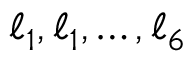
\ell _ { 1 } , \ell _ { 1 } , \dots , \ell _ { 6 }